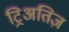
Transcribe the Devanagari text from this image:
ट्रिअतिज़